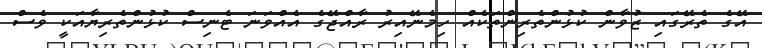
އޭގެ ތެރޭގައި ޒުވާން ކުޅުންތެރިންތަކެއް ހިމެނޭއިރު ރާއްޖޭގެ އެއްވަނަ ޓެނިސް ކުޅުންތެރިޔާއަކީ ވެސް